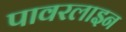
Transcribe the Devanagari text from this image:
पावरलाइन